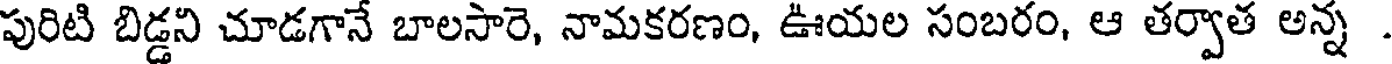
పురిటి బిడ్డని చూడగానే బాలసారె, నామకరణం, ఊయల సంబరం, ఆ తర్వాత అన్న